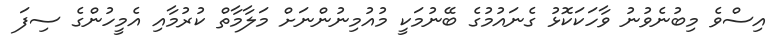
އިސްވެ މިބުނެވުނު ވާހަކަކޮޅު ގެނައުމުގެ ބޭނުމަކީ މުއުމިނުންނަށް މަލާމާތް ކުރުމާއި އެމީހުންގެ ސިފަ